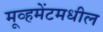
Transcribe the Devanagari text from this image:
मूव्हमेंटमधील